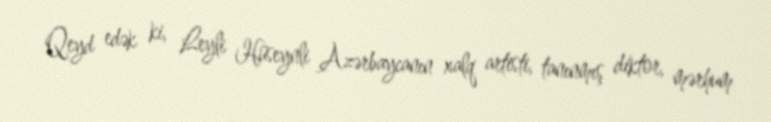
Qeyd edək ki, Leyli Hüseynli Azərbaycanın xalq artisti, tanınmış diktor, mərhum